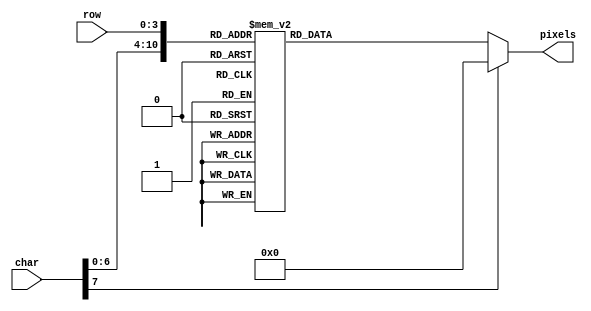
module font_rom (
    input wire [7:0] char,
    input wire [3:0] row,
    output reg [7:0] pixels
);

    always @(*) begin
        case ({char, row})
		              //  '0'
            12'h000: pixels = 8'b00111100;
            12'h001: pixels = 8'b01000010;
            12'h002: pixels = 8'b01000010;
            12'h003: pixels = 8'b01000010;
            12'h004: pixels = 8'b01000010;
            12'h005: pixels = 8'b01000010;
            12'h006: pixels = 8'b01000010;
            12'h007: pixels = 8'b00111100;
            12'h008: pixels = 8'b00000000;
            12'h009: pixels = 8'b00000000;
            12'h00A: pixels = 8'b00000000;
            12'h00B: pixels = 8'b00000000;
            12'h00C: pixels = 8'b00000000;
            12'h00D: pixels = 8'b00000000;
            12'h00E: pixels = 8'b00000000;
            12'h00F: pixels = 8'b00000000;

            //  '1'
            12'h010: pixels = 8'b00001000;
            12'h011: pixels = 8'b00011000;
            12'h012: pixels = 8'b00101000;
            12'h013: pixels = 8'b00001000;
            12'h014: pixels = 8'b00001000;
            12'h015: pixels = 8'b00001000;
            12'h016: pixels = 8'b00001000;
            12'h017: pixels = 8'b00111110;
            12'h018: pixels = 8'b00000000;
            12'h019: pixels = 8'b00000000;
            12'h01A: pixels = 8'b00000000;
            12'h01B: pixels = 8'b00000000;
            12'h01C: pixels = 8'b00000000;
            12'h01D: pixels = 8'b00000000;
            12'h01E: pixels = 8'b00000000;
            12'h01F: pixels = 8'b00000000;

            //  '2'
            12'h020: pixels = 8'b00111100;
            12'h021: pixels = 8'b01000010;
            12'h022: pixels = 8'b00000010;
            12'h023: pixels = 8'b00000100;
            12'h024: pixels = 8'b00001000;
            12'h025: pixels = 8'b00010000;
            12'h026: pixels = 8'b00100000;
            12'h027: pixels = 8'b01111110;
            12'h028: pixels = 8'b00000000;
            12'h029: pixels = 8'b00000000;
            12'h02A: pixels = 8'b00000000;
            12'h02B: pixels = 8'b00000000;
            12'h02C: pixels = 8'b00000000;
            12'h02D: pixels = 8'b00000000;
            12'h02E: pixels = 8'b00000000;
            12'h02F: pixels = 8'b00000000;

            //  '3'
            12'h030: pixels = 8'b00111100;
            12'h031: pixels = 8'b01000010;
            12'h032: pixels = 8'b00000010;
            12'h033: pixels = 8'b00011100;
            12'h034: pixels = 8'b00000010;
            12'h035: pixels = 8'b00000010;
            12'h036: pixels = 8'b01000010;
            12'h037: pixels = 8'b00111100;
            12'h038: pixels = 8'b00000000;
            12'h039: pixels = 8'b00000000;
            12'h03A: pixels = 8'b00000000;
            12'h03B: pixels = 8'b00000000;
            12'h03C: pixels = 8'b00000000;
            12'h03D: pixels = 8'b00000000;
            12'h03E: pixels = 8'b00000000;
            12'h03F: pixels = 8'b00000000;

            //  '4'
            12'h040: pixels = 8'b00000100;
            12'h041: pixels = 8'b00001100;
            12'h042: pixels = 8'b00010100;
            12'h043: pixels = 8'b00100100;
            12'h044: pixels = 8'b01000100;
            12'h045: pixels = 8'b01111110;
            12'h046: pixels = 8'b00000100;
            12'h047: pixels = 8'b00000100;
            12'h048: pixels = 8'b00000000;
            12'h049: pixels = 8'b00000000;
            12'h04A: pixels = 8'b00000000;
            12'h04B: pixels = 8'b00000000;
            12'h04C: pixels = 8'b00000000;
            12'h04D: pixels = 8'b00000000;
            12'h04E: pixels = 8'b00000000;
            12'h04F: pixels = 8'b00000000;

            //  '5'
            12'h050: pixels = 8'b01111110;
            12'h051: pixels = 8'b01000000;
            12'h052: pixels = 8'b01111100;
            12'h053: pixels = 8'b00000010;
            12'h054: pixels = 8'b00000010;
            12'h055: pixels = 8'b00000010;
            12'h056: pixels = 8'b01000010;
            12'h057: pixels = 8'b00111100;
            12'h058: pixels = 8'b00000000;
            12'h059: pixels = 8'b00000000;
            12'h05A: pixels = 8'b00000000;
            12'h05B: pixels = 8'b00000000;
            12'h05C: pixels = 8'b00000000;
            12'h05D: pixels = 8'b00000000;
            12'h05E: pixels = 8'b00000000;
            12'h05F: pixels = 8'b00000000;

            //  '6'
            12'h060: pixels = 8'b00111100;
            12'h061: pixels = 8'b01000010;
            12'h062: pixels = 8'b01000000;
            12'h063: pixels = 8'b01111100;
            12'h064: pixels = 8'b01000010;
            12'h065: pixels = 8'b01000010;
            12'h066: pixels = 8'b01000010;
            12'h067: pixels = 8'b00111100;
            12'h068: pixels = 8'b00000000;
            12'h069: pixels = 8'b00000000;
            12'h06A: pixels = 8'b00000000;
            12'h06B: pixels = 8'b00000000;
            12'h06C: pixels = 8'b00000000;
            12'h06D: pixels = 8'b00000000;
            12'h06E: pixels = 8'b00000000;
            12'h06F: pixels = 8'b00000000;

            //  '7'
            12'h070: pixels = 8'b01111110;
            12'h071: pixels = 8'b00000010;
            12'h072: pixels = 8'b00000100;
            12'h073: pixels = 8'b00001000;
            12'h074: pixels = 8'b00010000;
            12'h075: pixels = 8'b00100000;
            12'h076: pixels = 8'b01000000;
            12'h077: pixels = 8'b01000000;
            12'h078: pixels = 8'b00000000;
            12'h079: pixels = 8'b00000000;
            12'h07A: pixels = 8'b00000000;
            12'h07B: pixels = 8'b00000000;
            12'h07C: pixels = 8'b00000000;
            12'h07D: pixels = 8'b00000000;
            12'h07E: pixels = 8'b00000000;
            12'h07F: pixels = 8'b00000000;

            //  '8'
            12'h080: pixels = 8'b00111100;
            12'h081: pixels = 8'b01000010;
            12'h082: pixels = 8'b01000010;
            12'h083: pixels = 8'b00111100;
            12'h084: pixels = 8'b01000010;
            12'h085: pixels = 8'b01000010;
            12'h086: pixels = 8'b01000010;
            12'h087: pixels = 8'b00111100;
            12'h088: pixels = 8'b00000000;
            12'h089: pixels = 8'b00000000;
            12'h08A: pixels = 8'b00000000;
            12'h08B: pixels = 8'b00000000;
            12'h08C: pixels = 8'b00000000;
            12'h08D: pixels = 8'b00000000;
            12'h08E: pixels = 8'b00000000;
            12'h08F: pixels = 8'b00000000;

            //  '9'
            12'h090: pixels = 8'b00111100;
            12'h091: pixels = 8'b01000010;
            12'h092: pixels = 8'b01000010;
            12'h093: pixels = 8'b00111110;
            12'h094: pixels = 8'b00000010;
            12'h095: pixels = 8'b00000010;
            12'h096: pixels = 8'b01000010;
            12'h097: pixels = 8'b00111100;
            12'h098: pixels = 8'b00000000;
            12'h099: pixels = 8'b00000000;
            12'h09A: pixels = 8'b00000000;
            12'h09B: pixels = 8'b00000000;
            12'h09C: pixels = 8'b00000000;
            12'h09D: pixels = 8'b00000000;
            12'h09E: pixels = 8'b00000000;
            12'h09F: pixels = 8'b00000000;

            //  'A'
            12'h0A0: pixels = 8'b00111100;
            12'h0A1: pixels = 8'b01000010;
            12'h0A2: pixels = 8'b01000010;
            12'h0A3: pixels = 8'b01000010;
            12'h0A4: pixels = 8'b01111110;
            12'h0A5: pixels = 8'b01000010;
            12'h0A6: pixels = 8'b01000010;
            12'h0A7: pixels = 8'b01000010;
            12'h0A8: pixels = 8'b00000000;
            12'h0A9: pixels = 8'b00000000;
            12'h0AA: pixels = 8'b00000000;
            12'h0AB: pixels = 8'b00000000;
            12'h0AC: pixels = 8'b00000000;
            12'h0AD: pixels = 8'b00000000;
            12'h0AE: pixels = 8'b00000000;
            12'h0AF: pixels = 8'b00000000;

            //  'B'
            12'h0B0: pixels = 8'b01111100;
            12'h0B1: pixels = 8'b01000010;
            12'h0B2: pixels = 8'b01000010;
            12'h0B3: pixels = 8'b01111100;
            12'h0B4: pixels = 8'b01000010;
            12'h0B5: pixels = 8'b01000010;
            12'h0B6: pixels = 8'b01000010;
            12'h0B7: pixels = 8'b01111100;
            12'h0B8: pixels = 8'b00000000;
            12'h0B9: pixels = 8'b00000000;
            12'h0BA: pixels = 8'b00000000;
            12'h0BB: pixels = 8'b00000000;
            12'h0BC: pixels = 8'b00000000;
            12'h0BD: pixels = 8'b00000000;
            12'h0BE: pixels = 8'b00000000;
            12'h0BF: pixels = 8'b00000000;

            //  'C'
            12'h0C0: pixels = 8'b00111100;
            12'h0C1: pixels = 8'b01000010;
            12'h0C2: pixels = 8'b01000000;
            12'h0C3: pixels = 8'b01000000;
            12'h0C4: pixels = 8'b01000000;
            12'h0C5: pixels = 8'b01000000;
            12'h0C6: pixels = 8'b01000010;
            12'h0C7: pixels = 8'b00111100;
            12'h0C8: pixels = 8'b00000000;
            12'h0C9: pixels = 8'b00000000;
            12'h0CA: pixels = 8'b00000000;
            12'h0CB: pixels = 8'b00000000;
            12'h0CC: pixels = 8'b00000000;
            12'h0CD: pixels = 8'b00000000;
            12'h0CE: pixels = 8'b00000000;
            12'h0CF: pixels = 8'b00000000;

            //  'D'
            12'h0D0: pixels = 8'b01111000;
            12'h0D1: pixels = 8'b01000100;
            12'h0D2: pixels = 8'b01000010;
            12'h0D3: pixels = 8'b01000010;
            12'h0D4: pixels = 8'b01000010;
            12'h0D5: pixels = 8'b01000010;
            12'h0D6: pixels = 8'b01000100;
            12'h0D7: pixels = 8'b01111000;
            12'h0D8: pixels = 8'b00000000;
            12'h0D9: pixels = 8'b00000000;
            12'h0DA: pixels = 8'b00000000;
            12'h0DB: pixels = 8'b00000000;
            12'h0DC: pixels = 8'b00000000;
            12'h0DD: pixels = 8'b00000000;
            12'h0DE: pixels = 8'b00000000;
            12'h0DF: pixels = 8'b00000000;

            //  'E'
            12'h0E0: pixels = 8'b01111110;
            12'h0E1: pixels = 8'b01000000;
            12'h0E2: pixels = 8'b01000000;
            12'h0E3: pixels = 8'b01111100;
            12'h0E4: pixels = 8'b01000000;
            12'h0E5: pixels = 8'b01000000;
            12'h0E6: pixels = 8'b01000000;
            12'h0E7: pixels = 8'b01111110;
            12'h0E8: pixels = 8'b00000000;
            12'h0E9: pixels = 8'b00000000;
            12'h0EA: pixels = 8'b00000000;
            12'h0EB: pixels = 8'b00000000;
            12'h0EC: pixels = 8'b00000000;
            12'h0ED: pixels = 8'b00000000;
            12'h0EE: pixels = 8'b00000000;
            12'h0EF: pixels = 8'b00000000;

            //  'F'
            12'h0F0: pixels = 8'b01111110;
            12'h0F1: pixels = 8'b01000000;
            12'h0F2: pixels = 8'b01000000;
            12'h0F3: pixels = 8'b01111100;
            12'h0F4: pixels = 8'b01000000;
            12'h0F5: pixels = 8'b01000000;
            12'h0F6: pixels = 8'b01000000;
            12'h0F7: pixels = 8'b01000000;
            12'h0F8: pixels = 8'b00000000;
            12'h0F9: pixels = 8'b00000000;
            12'h0FA: pixels = 8'b00000000;
            12'h0FB: pixels = 8'b00000000;
            12'h0FC: pixels = 8'b00000000;
            12'h0FD: pixels = 8'b00000000;
            12'h0FE: pixels = 8'b00000000;
            12'h0FF: pixels = 8'b00000000;
				
            //  'G'
            12'h470: pixels = 8'b00111100;
            12'h471: pixels = 8'b01000010;
            12'h472: pixels = 8'b01000000;
            12'h473: pixels = 8'b01001110;
            12'h474: pixels = 8'b01000010;
            12'h475: pixels = 8'b01000010;
            12'h476: pixels = 8'b00111110;
            //  'H'
            12'h480: pixels = 8'b01000010;
            12'h481: pixels = 8'b01000010;
            12'h482: pixels = 8'b01000010;
            12'h483: pixels = 8'b01111110;
            12'h484: pixels = 8'b01000010;
            12'h485: pixels = 8'b01000010;
            12'h486: pixels = 8'b01000010;
            //  'I'
            12'h490: pixels = 8'b00011100;
            12'h491: pixels = 8'b00001000;
            12'h492: pixels = 8'b00001000;
            12'h493: pixels = 8'b00001000;
            12'h494: pixels = 8'b00001000;
            12'h495: pixels = 8'b00001000;
            12'h496: pixels = 8'b00011100;
            //  'J'
            12'h4A0: pixels = 8'b00011110;
            12'h4A1: pixels = 8'b00000100;
            12'h4A2: pixels = 8'b00000100;
            12'h4A3: pixels = 8'b00000100;
            12'h4A4: pixels = 8'b00000100;
            12'h4A5: pixels = 8'b01000100;
            12'h4A6: pixels = 8'b00111000;
            //  'K'
            12'h4B0: pixels = 8'b01000100;
            12'h4B1: pixels = 8'b01001000;
            12'h4B2: pixels = 8'b01010000;
            12'h4B3: pixels = 8'b01100000;
            12'h4B4: pixels = 8'b01010000;
            12'h4B5: pixels = 8'b01001000;
            12'h4B6: pixels = 8'b01000100;
            //  'L'
            12'h4C0: pixels = 8'b01000000;
            12'h4C1: pixels = 8'b01000000;
            12'h4C2: pixels = 8'b01000000;
            12'h4C3: pixels = 8'b01000000;
            12'h4C4: pixels = 8'b01000000;
            12'h4C5: pixels = 8'b01000000;
            12'h4C6: pixels = 8'b01111110;
            //  'M'
            12'h4D0: pixels = 8'b01000010;
            12'h4D1: pixels = 8'b01100110;
            12'h4D2: pixels = 8'b01011010;
            12'h4D3: pixels = 8'b01011010;
            12'h4D4: pixels = 8'b01000010;
            12'h4D5: pixels = 8'b01000010;
            12'h4D6: pixels = 8'b01000010;
            //  'N'
            12'h4E0: pixels = 8'b01000010;
            12'h4E1: pixels = 8'b01100010;
            12'h4E2: pixels = 8'b01010010;
            12'h4E3: pixels = 8'b01001010;
            12'h4E4: pixels = 8'b01000110;
            12'h4E5: pixels = 8'b01000010;
            12'h4E6: pixels = 8'b01000010;
            //  'O'
            12'h4F0: pixels = 8'b00111100;
            12'h4F1: pixels = 8'b01000010;
            12'h4F2: pixels = 8'b01000010;
            12'h4F3: pixels = 8'b01000010;
            12'h4F4: pixels = 8'b01000010;
            12'h4F5: pixels = 8'b01000010;
            12'h4F6: pixels = 8'b00111100;
            //  'P'
            12'h500: pixels = 8'b01111100;
            12'h501: pixels = 8'b01000010;
            12'h502: pixels = 8'b01000010;
            12'h503: pixels = 8'b01111100;
            12'h504: pixels = 8'b01000000;
            12'h505: pixels = 8'b01000000;
            12'h506: pixels = 8'b01000000;
            //  'Q'
            12'h510: pixels = 8'b00111100;
            12'h511: pixels = 8'b01000010;
            12'h512: pixels = 8'b01000010;
            12'h513: pixels = 8'b01000010;
            12'h514: pixels = 8'b01001010;
            12'h515: pixels = 8'b01000110;
            12'h516: pixels = 8'b00111110;
            //  'R'
            12'h520: pixels = 8'b01111100;
            12'h521: pixels = 8'b01000010;
            12'h522: pixels = 8'b01000010;
            12'h523: pixels = 8'b01111100;
            12'h524: pixels = 8'b01010000;
            12'h525: pixels = 8'b01001000;
            12'h526: pixels = 8'b01000100;
            //  'S'
            12'h530: pixels = 8'b00111100;
            12'h531: pixels = 8'b01000010;
            12'h532: pixels = 8'b01000000;
            12'h533: pixels = 8'b00111100;
            12'h534: pixels = 8'b00000010;
            12'h535: pixels = 8'b01000010;
            12'h536: pixels = 8'b00111100;
            //  'T'
            12'h540: pixels = 8'b01111110;
            12'h541: pixels = 8'b00011000;
            12'h542: pixels = 8'b00011000;
            12'h543: pixels = 8'b00011000;
            12'h544: pixels = 8'b00011000;
            12'h545: pixels = 8'b00011000;
            12'h546: pixels = 8'b00011000;
            //  'U'
            12'h550: pixels = 8'b01000010;
            12'h551: pixels = 8'b01000010;
            12'h552: pixels = 8'b01000010;
            12'h553: pixels = 8'b01000010;
            12'h554: pixels = 8'b01000010;
            12'h555: pixels = 8'b01000010;
            12'h556: pixels = 8'b00111100;
            //  'V'
            12'h560: pixels = 8'b01000010;
            12'h561: pixels = 8'b01000010;
            12'h562: pixels = 8'b01000010;
            12'h563: pixels = 8'b01000010;
            12'h564: pixels = 8'b00100100;
            12'h565: pixels = 8'b00011000;
            12'h566: pixels = 8'b00011000;
            //  'W'
            12'h570: pixels = 8'b01000010;
            12'h571: pixels = 8'b01000010;
            12'h572: pixels = 8'b01000010;
            12'h573: pixels = 8'b01011010;
            12'h574: pixels = 8'b01011010;
            12'h575: pixels = 8'b01011010;
            12'h576: pixels = 8'b00100100;
            //  'X'
            12'h580: pixels = 8'b01000010;
            12'h581: pixels = 8'b00100100;
            12'h582: pixels = 8'b00011000;
            12'h583: pixels = 8'b00011000;
            12'h584: pixels = 8'b00100100;
            12'h585: pixels = 8'b01000010;
            12'h586: pixels = 8'b01000010;
            //  'Y'
            12'h590: pixels = 8'b01000010;
            12'h591: pixels = 8'b00100100;
            12'h592: pixels = 8'b00011000;
            12'h593: pixels = 8'b00011000;
            12'h594: pixels = 8'b00011000;
            12'h595: pixels = 8'b00011000;
            12'h596: pixels = 8'b00011000;
            //  'Z'
            12'h5A0: pixels = 8'b01111110;
            12'h5A1: pixels = 8'b00000100;
            12'h5A2: pixels = 8'b00001000;
            12'h5A3: pixels = 8'b00010000;
            12'h5A4: pixels = 8'b00100000;
            12'h5A5: pixels = 8'b01000000;
            12'h5A6: pixels = 8'b01111110;
            //  ','
            12'h2C0: pixels = 8'b00000000;
            12'h2C1: pixels = 8'b00000000;
            12'h2C2: pixels = 8'b00000000;
            12'h2C3: pixels = 8'b00000000;
            12'h2C4: pixels = 8'b00000000;
            12'h2C5: pixels = 8'b00011000;
            12'h2C6: pixels = 8'b00011000;
            12'h2C7: pixels = 8'b00110000;
            //  '.'
            12'h2E0: pixels = 8'b00000000;
            12'h2E1: pixels = 8'b00000000;
            12'h2E2: pixels = 8'b00000000;
            12'h2E3: pixels = 8'b00000000;
            12'h2E4: pixels = 8'b00000000;
            12'h2E5: pixels = 8'b00000000;
            12'h2E6: pixels = 8'b00011000;
            12'h2E7: pixels = 8'b00011000;
            //  '|'
            12'h7C0: pixels = 8'b00011000;
            12'h7C1: pixels = 8'b00011000;
            12'h7C2: pixels = 8'b00011000;
            12'h7C3: pixels = 8'b00011000;
            12'h7C4: pixels = 8'b00011000;
            12'h7C5: pixels = 8'b00011000;
            12'h7C6: pixels = 8'b00011000;
            12'h7C7: pixels = 8'b00011000;
            default: pixels = 8'b00000000;
        endcase
    end
endmodule